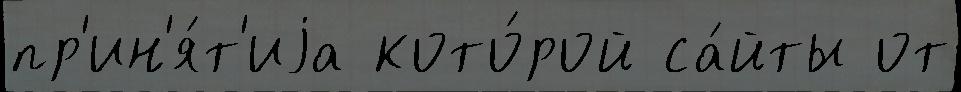
пр'ин'я́т'иjа кото́рой са́йты от